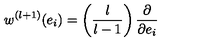
w ^ { ( l + 1 ) } ( e _ { i } ) = \left( \frac { l } { l - 1 } \right) \frac { \partial } { \partial e _ { i } }